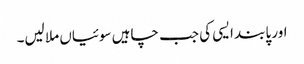
اور پابند ایسی کی جب چاہیں سوئیاں ملا لیں۔